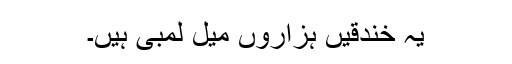
یہ خندقیں ہزاروں میل لمبی ہیں۔